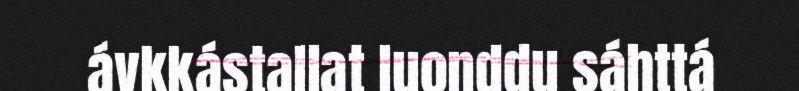
ávkkástallat luonddu sáhttá